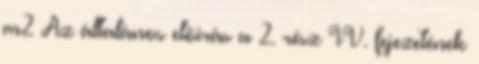
m2 Az általános elõírás a 2. rész IV. fejezetének